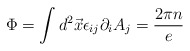
\begin{align*}\Phi = \int d^{2}\vec{x} \epsilon_{ij}\partial_{i}A_{j} = \frac{2\pi n}{e}\end{align*}